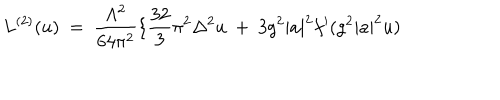
LaTeX: L ^ { ( 2 ) } ( u ) \ = \ \frac { \Lambda ^ { 2 } } { 6 4 \pi ^ { 2 } } \{ \frac { 3 2 } { 3 } \pi ^ { 2 } \Delta ^ { 2 } u \ + \ 3 g ^ { 2 } | a | ^ { 2 } f ^ { \prime } ( g ^ { 2 } | a | ^ { 2 } u )